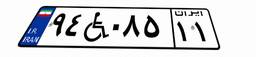
۱۶W۴۶۷۳۶